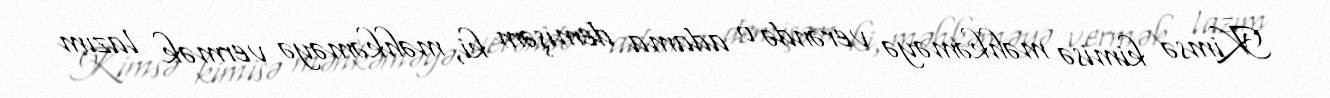
Kimsə kimisə məhkəməyə verəndə o adama demişəm ki, məhkəməyə vermək lazım